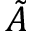
\Tilde { A }